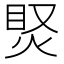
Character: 𤈳